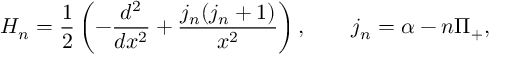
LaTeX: H _ { n } = \frac { 1 } { 2 } \left( - \frac { d ^ { 2 } } { d x ^ { 2 } } + \frac { j _ { n } ( j _ { n } + 1 ) } { x ^ { 2 } } \right) , \qquad j _ { n } = \alpha - n \Pi _ { + } ,